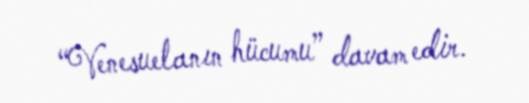
“Venesuelanın hücumu” davam edir.